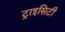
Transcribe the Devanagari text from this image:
ट्राइसिटी